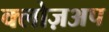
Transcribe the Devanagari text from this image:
क्लोज़अप